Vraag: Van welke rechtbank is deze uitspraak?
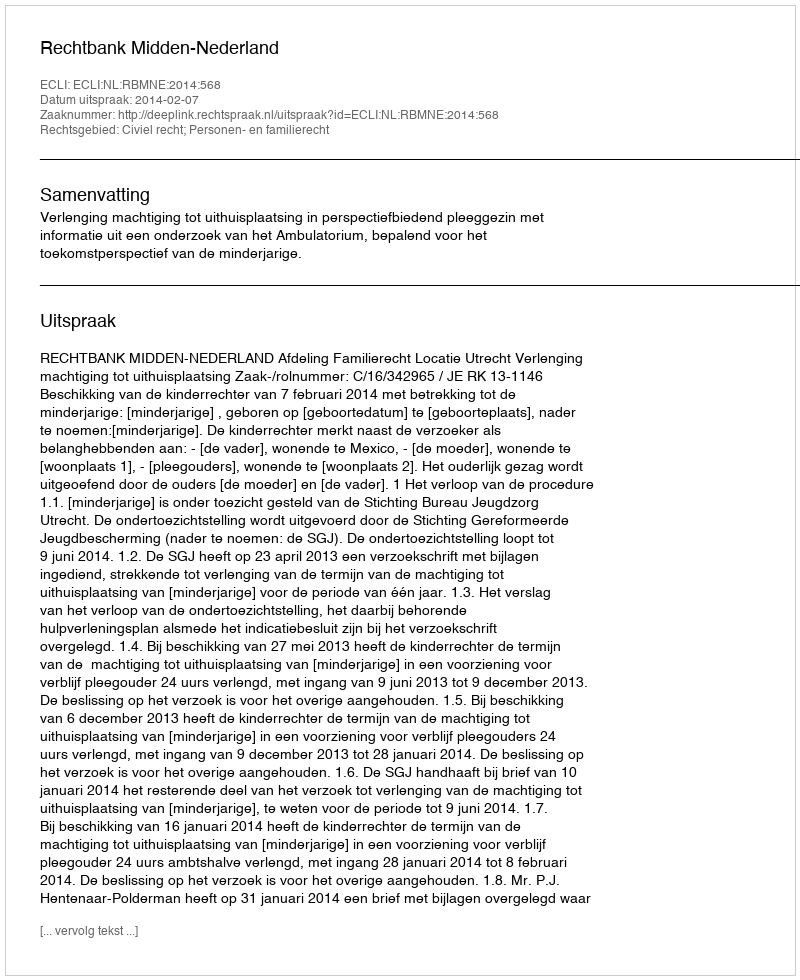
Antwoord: Rechtbank Midden-Nederland